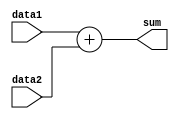
module ThirtyTwoBitAdder(input[31:0] data1, data2,
	output [31:0] sum);
	
	assign sum = data1 + data2;
	
endmodule